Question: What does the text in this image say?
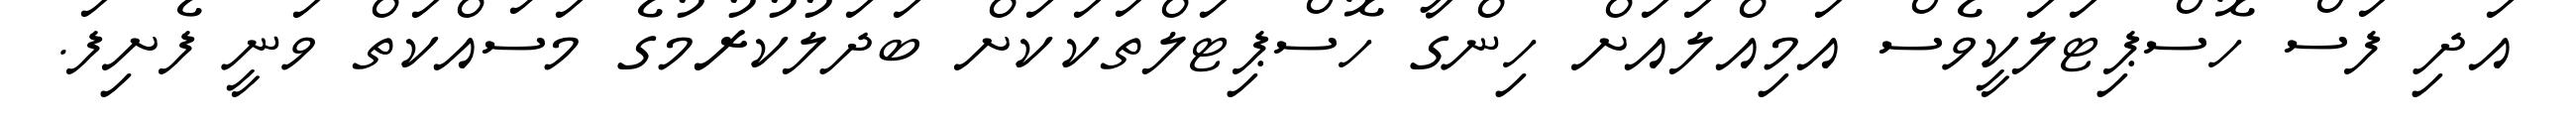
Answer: އަދި ފަސް ހޮސްޕިޓަލަކީވެސް އަމިއްލައަށް ހިންގާ ހޮސްޕިޓަލްތަކަކަށް ބަދަލުކުރުމުގެ މަސައްކަތް ވަނީ ފެށިފަ.